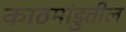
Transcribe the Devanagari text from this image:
काठमांडुतील